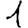
Digit: 1